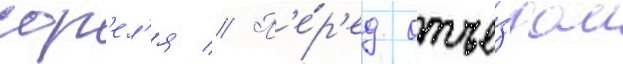
сор'ел'я // П'е́р'ед отъе́здом